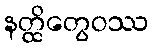
နတ္ထိတွေဝဿ